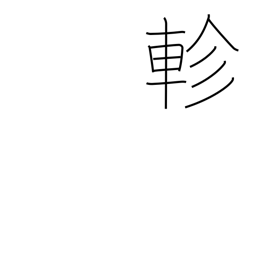
Meaning: revolve